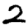
Digit: 2